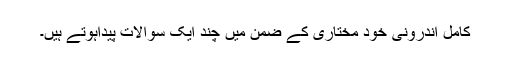
کامل اندرونی خود مختاری کے ضمن میں چند ایک سوالات پیداہوتے ہیں۔